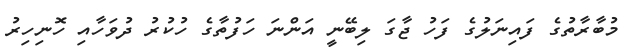
މުބާރާތުގެ ފައިނަލުގެ ފަހު ޖާގަ ލިބޭނީ އަންނަ ހަފުތާގެ ހުކުރު ދުވަހާއި ހޮނިހިރު